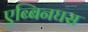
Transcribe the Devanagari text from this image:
एब्बिनघस